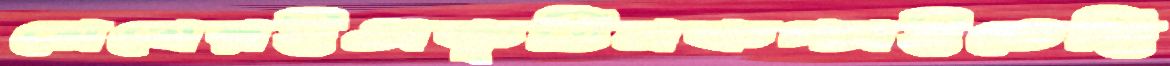
মেষেরইঅকৃত্তিমকপ্‌চাইতেছি